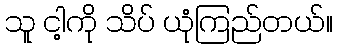
သူ ငါ့ကို သိပ် ယုံကြည်တယ်။